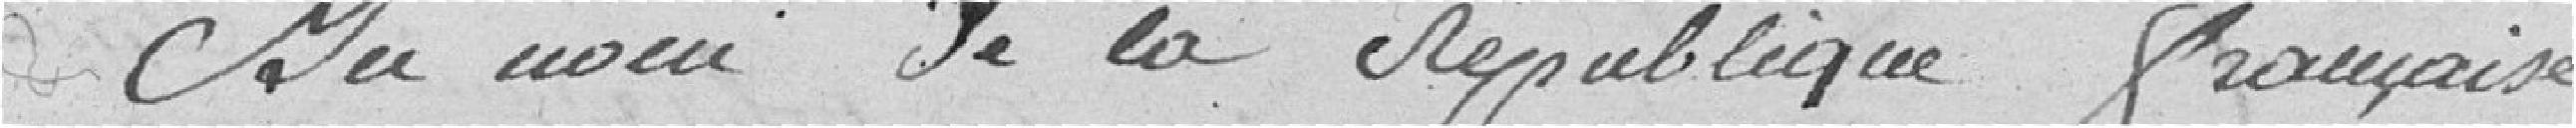
Au nom de la république française